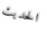
الحديث